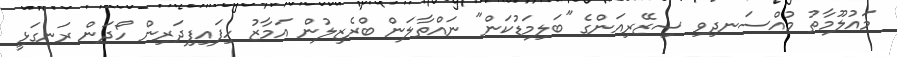
މައުލޫމާތު މުއްސަނދިވި ސިޒޭރިއަންގެ "ބަލިމަޑުކަން" ނައްތާލަން ބްރެޒިލުން އަމާޒު ހިފައިފިދަރިން ހޯދަން ރަނގަޅީ